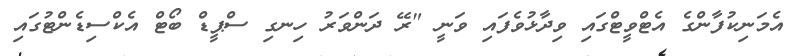
އެމަނިކުފާންގެ އެޓްވީޓްގައި ވިދާޅުވެފައި ވަނީ "ރޭ ދަންވަރު ހިނގި ސްޕީޑް ބޯޓް އެކްސިޑެންޓުގައި